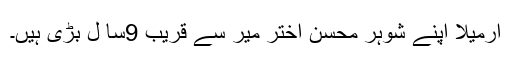
ارمیلا اپنے شوہر محسن اختر میر سے قریب 9سا ل بڑی ہیں۔